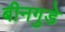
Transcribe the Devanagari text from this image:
बीनगुडे